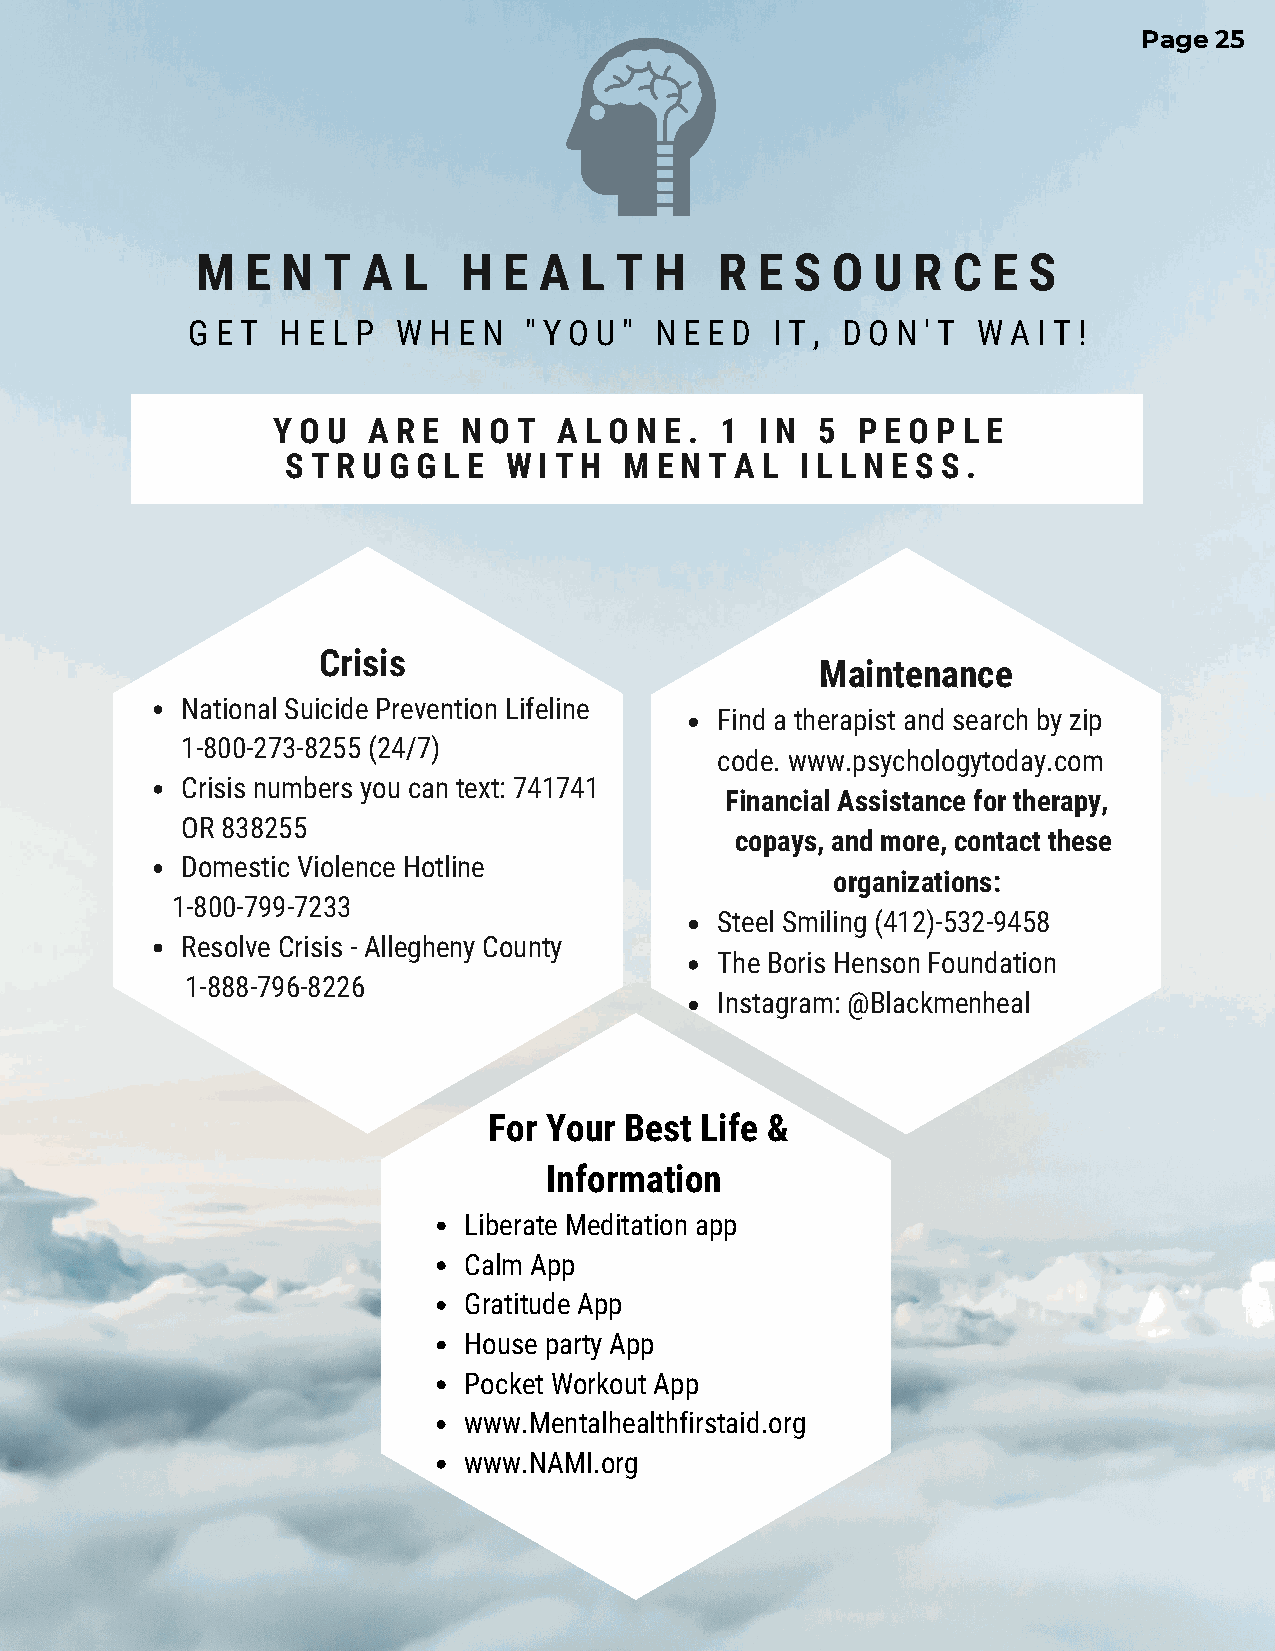
Page 25
 M  E  N T  A  L   H E  A L  T H    R E  S O  U R  C  E S
 G E T  H E L P W H E N " Y O U " N E E D I T , D O N ' T W A I T !
 Y O U A R E  N O T A L O N E . 1 I N 5 P E O P L E
 S T R U G G L E W I T H M E N T A L I L L N E S S .
 Crisis
 Maintenance
 National Suicide Prevention Lifeline
 Find a therapist and search by zip
 1-800-273-8255 (24/7)
 code. www.psychologytoday.com
 Crisis numbers you can text: 741741
 Financial Assistance for therapy,
 OR 838255
 copays, and more, contact these
 Domestic Violence Hotline
 organizations:
 1-800-799-7233
 Steel Smiling (412)-532-9458
 Resolve Crisis - Allegheny County
 The Boris Henson Foundation
 1-888-796-8226
 Instagram: @Blackmenheal
 For Your Best Life &
 Information
 Liberate Meditation app
 Calm App
 Gratitude App
 House party App
 Pocket Workout App
 www.Mentalhealthfirstaid.org
 www.NAMI.org